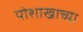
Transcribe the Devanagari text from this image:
पोशाखाच्या